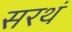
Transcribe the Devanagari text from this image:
सरथं